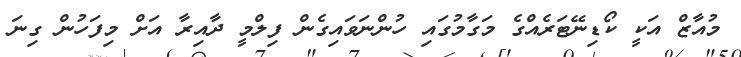
މުއާޒް އަކީ ކޯޑިނޭޓަރެއްގެ މަގާމުގައި ހުންނަވައިގެން ފިލްމީ ދާއިރާ އަށް މިފަހުން ގިނަ